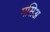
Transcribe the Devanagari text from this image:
मसिअ